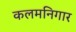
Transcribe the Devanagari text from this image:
कलमनिगार